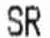
SR